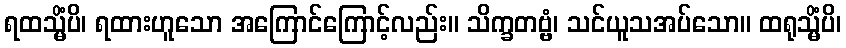
ရထသ္မိံပိ၊ ရထားဟူသော အကြောင်ကြောင့်လည်း။ သိက္ခတဗ္ဗံ၊ သင်ယူသအပ်သော။ ထရုသ္မိံပိ၊